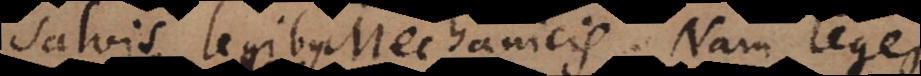
salvis legibus Mechanicis. Nam leges